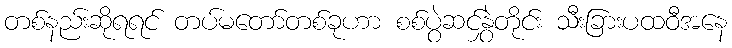
တစ်နည်းဆိုရရင် တပ်မတော်တစ်ခုဟာ စစ်ပွဲဆင်နွှဲတိုင်း သီးခြားပထဝီအနေ